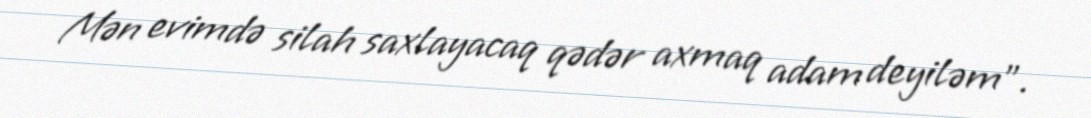
Mən evimdə silah saxlayacaq qədər axmaq adam deyiləm”.